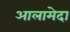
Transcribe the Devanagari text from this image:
आलामेदा